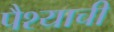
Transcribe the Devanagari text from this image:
पैश्याची